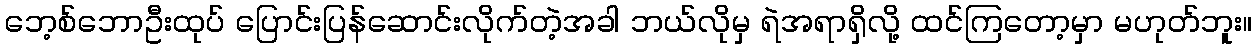
ဘေ့စ်ဘောဦးထုပ် ပြောင်းပြန်ဆောင်းလိုက်တဲ့အခါ ဘယ်လိုမှ ရဲအရာရှိလို့ ထင်ကြတော့မှာ မဟုတ်ဘူး။